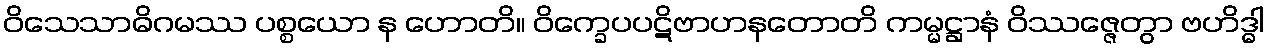
ဝိသေသာဓိဂမဿ ပစ္စယော န ဟောတိ။ ဝိက္ခေပပဋိဗာဟနတောတိ ကမ္မဋ္ဌာနံ ဝိဿဇ္ဇေတွာ ဗဟိဒ္ဓါ